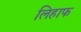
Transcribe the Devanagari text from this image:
लिहाफ